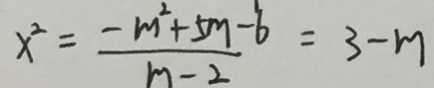
x ^ { 2 } = \frac { - m ^ { 2 } + 5 m - 6 } { m - 2 } = 3 - m